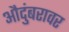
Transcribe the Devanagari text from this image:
औदुंबरावर